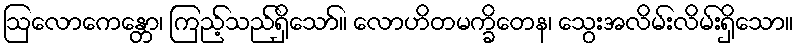
ဩလောကေန္တော၊ ကြည့်သည်ရှိသော်။ လောဟိတမက္ခိတေန၊ သွေးအလိမ်းလိမ်းရှိသော။